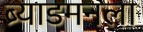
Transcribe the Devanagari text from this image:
ब्र्याडमनला